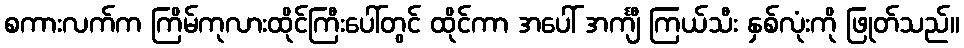
စကားလက်က ကြိမ်ကုလားထိုင်ကြီးပေါ်တွင် ထိုင်ကာ အပေါ် အင်္ကျီ ကြယ်သီး နှစ်လုံးကို ဖြုတ်သည်။